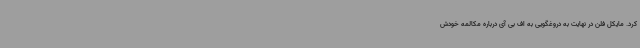
کرد. مایکل فلن در نهایت به دروغگویی به اف بی آی درباره مکالمه خودش